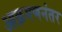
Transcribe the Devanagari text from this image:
आक्रमणनंतर